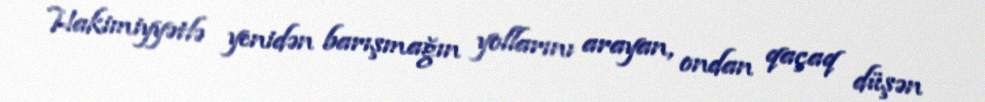
Hakimiyyətlə yenidən barışmağın yollarını arayan, ondan qaçaq düşən